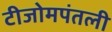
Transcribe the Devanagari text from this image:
टीजोमपंतली